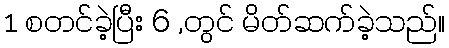
1 စတင်ခဲ့ပြီး 6 ,တွင် မိတ်ဆက်ခဲ့သည်။